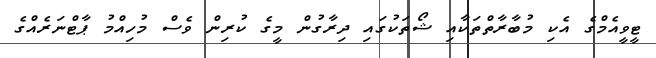
ޓީވީއެމްގެ އެކި މުބާރާތްތަކާއި ޝޯތަކުގައި ދިރާގުން މީގެ ކުރިން ވެސް މުހިއްމު ޕާޓްނަރެއްގެ